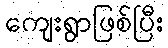
ကျေးရွာဖြစ်ပြီး